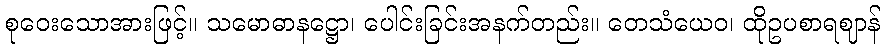
စုဝေးသောအားဖြင့်။ သမောဓာနဋ္ဌော၊ ပေါင်းခြင်းအနက်တည်း။ တေသံယေဝ၊ ထိုဥပစာရဈာန်